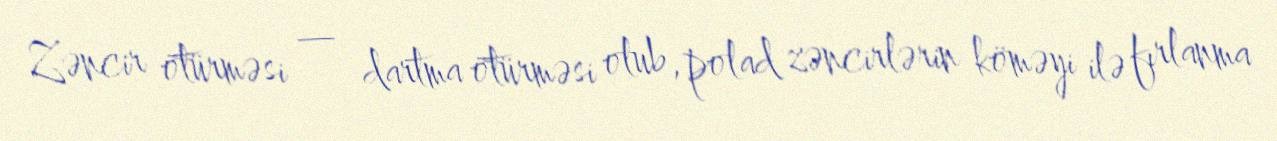
Zəncir ötürməsi — dartma ötürməsi olub, polad zəncirlərin köməyi ilə fırlanma